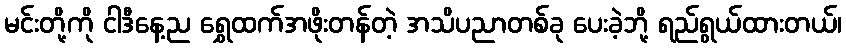
မင်းတို့ကို ငါဒီနေ့ည ရွှေထက်အဖိုးတန်တဲ့ အသိပညာတစ်ခု ပေးခဲ့ဘို့ ရည်ရွယ်ထားတယ်၊